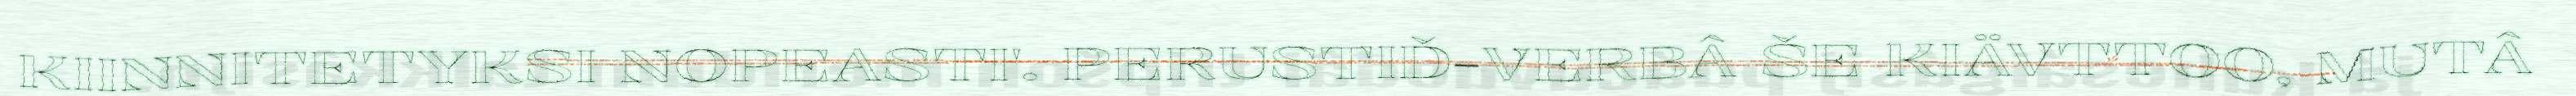
KIINNITETYKSI NOPEASTI'. PERUSTIĐ-VERBÂ ŠE KIÄVTTOO, MUTÂ